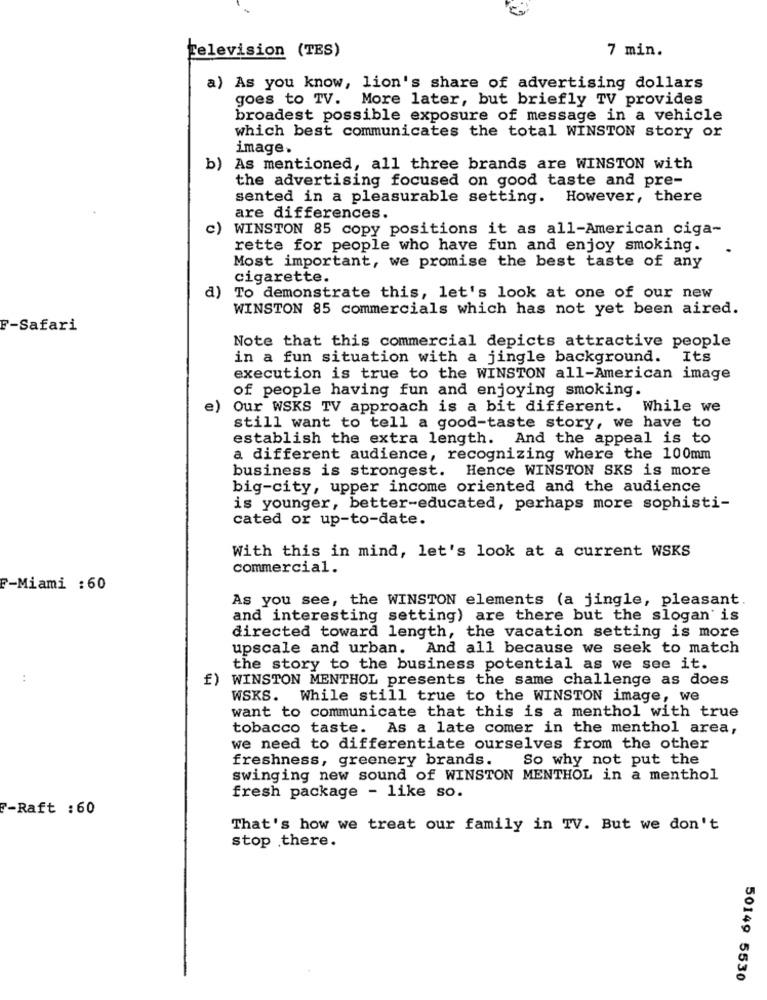
7 min.
Television (TES)
a) As you know, lion's share of advertising dollars
goes to TV. More later, but briefly TV provides
broadest possible exposure of message in a vehicle
which best communicates the total WINSTON story or
image.
b) As mentioned, all three brands are WINSTON with
the advertising focused on good taste and pre-
sented in a pleasurable setting. However, there
are differences.
c)
WINSTON 85 copy positions it as all-American ciga-
rette for people who have fun and enjoy smoking.
Most important, we promise the best taste of any
cigarette.
a)
To demonstrate this, let's look at one of our new
WINSTON 85 commercials which has not yet been aired.
F-Safari
Note that this commercial depicts attractive people
in a fun situation with a jingle background. Its
execution is true to the WINSTON all-American image
of people having fun and enjoying smoking.
e)
Our WSKS TV approach is a bit different. While we
still want to tell a good-taste story, we have to
establish the extra length. And the appeal is to
a different audience, recognizing where the 100mm
business is strongest. Hence WINSTON SKS is more
big-city, upper income oriented and the audience
is younger, better-educated, perhaps more sophisti-
cated or up-to-date.
With this in mind, let's look at a current WSKS
commercial.
F-Miami :60
As you see, the WINSTON elements (a jingle, pleasant.
and interesting setting) are there but the slogan' is
directed toward length, the vacation setting is more
upscale and urban. And all because we seek to match
the story to the business potential as we see it.
:
f) WINSTON MENTHOL presents the same challenge as does
WSKS. While still true to the WINSTON image, we
want to communicate that this is a menthol with true
tobacco taste. As a late comer in the menthol area,
we need to differentiate ourselves from the other
freshness, greenery brands.
So why not put the
swinging new sound of WINSTON MENTHOL in a menthol
fresh package - like so.
F-Raft : 60
That's how we treat our family in TV. But we don't
stop there.
50149 5530